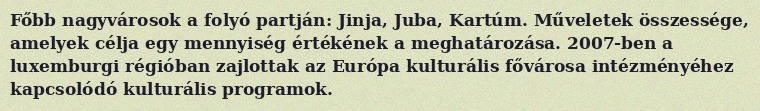
Főbb nagyvárosok a folyó partján: Jinja, Juba, Kartúm. Műveletek összessége, amelyek célja egy mennyiség értékének a meghatározása. 2007-ben a luxemburgi régióban zajlottak az Európa kulturális fővárosa intézményéhez kapcsolódó kulturális programok.